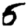
Digit: 5